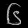
Digit: ၆